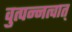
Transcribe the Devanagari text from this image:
वुत्पन्नत्वात्